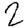
Digit: 2